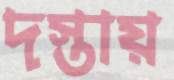
দস্তায়